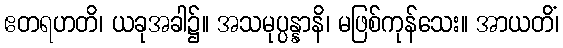
ဧတရဟတိ၊ ယခုအခါ၌။ အသမုပ္ပန္နာနိ၊ မဖြစ်ကုန်သေး။ အာယတိံ၊